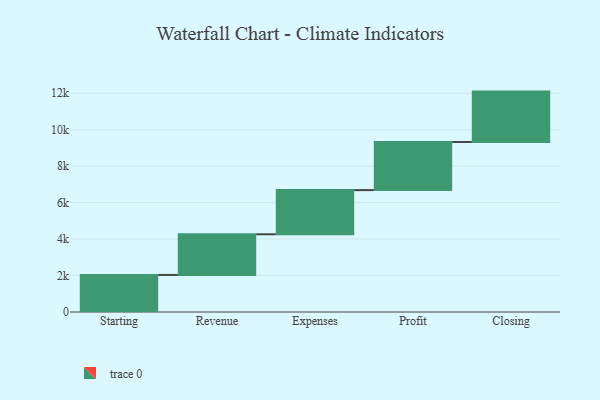
{"axis": {"x": "Step", "y": "Value"}, "legend": [""], "data": [{"x": "Starting", "y": 2032.0, "type": ""}, {"x": "Revenue", "y": 2232.0, "type": ""}, {"x": "Expenses", "y": 2423.0, "type": ""}, {"x": "Profit", "y": 2641.0, "type": ""}, {"x": "Closing", "y": 2763.0, "type": ""}]}